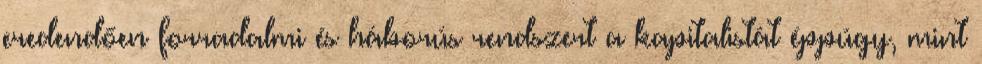
eredendően forradalmi és háborús rendszert a kapitalistát éppúgy, mint